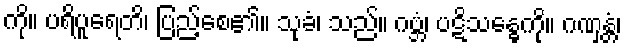
ကို။ ပရိပူရေတိ၊ ပြည့်စေ၏။ သုခံ၊ သည်။ ဂဗ္ဘံ၊ ပဋိသန္ဓေကို။ ဂဏှန္တံ၊